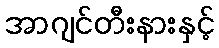
အာဂျင်တီးနားနှင့်